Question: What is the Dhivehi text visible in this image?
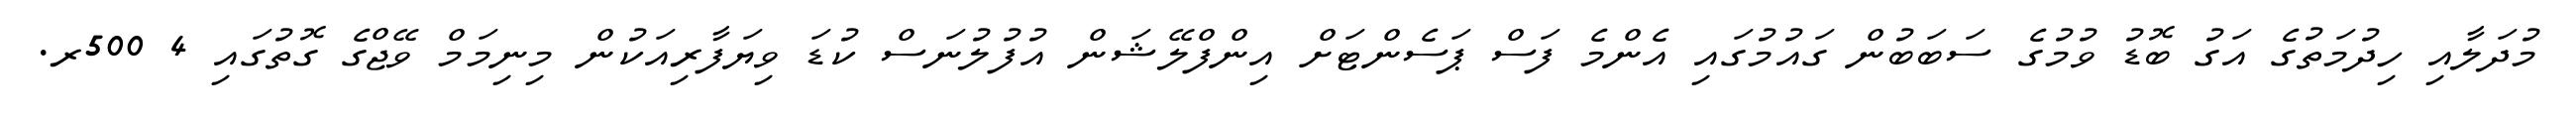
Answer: މުދަލާއި ހިދުމަތުގެ އަގު ބޮޑު ވުމުގެ ސަބަބުން ގައުމުގައި އެންމެ ފަސް ޕަސެންޓަށް އިންފްލޭޝަން އުފުލުނަސް ކުޑަ ވިޔަފާރިއަކުން މިނިމަމް ވޭޖްގެ ގޮތުގައި 4 500ރ.